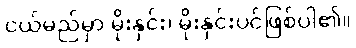
ငယ်မည်မှာ မိုးနှင်း၊ မိုးနှင်းပင်ဖြစ်ပါ၏။